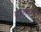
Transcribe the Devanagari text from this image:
वडनगरची